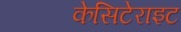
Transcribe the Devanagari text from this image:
केसिटेराइट